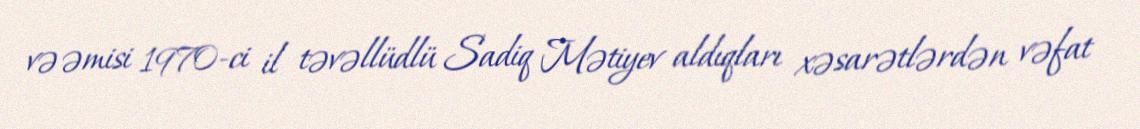
və əmisi 1970-ci il təvəllüdlü Sadiq Mətiyev aldıqları xəsarətlərdən vəfat